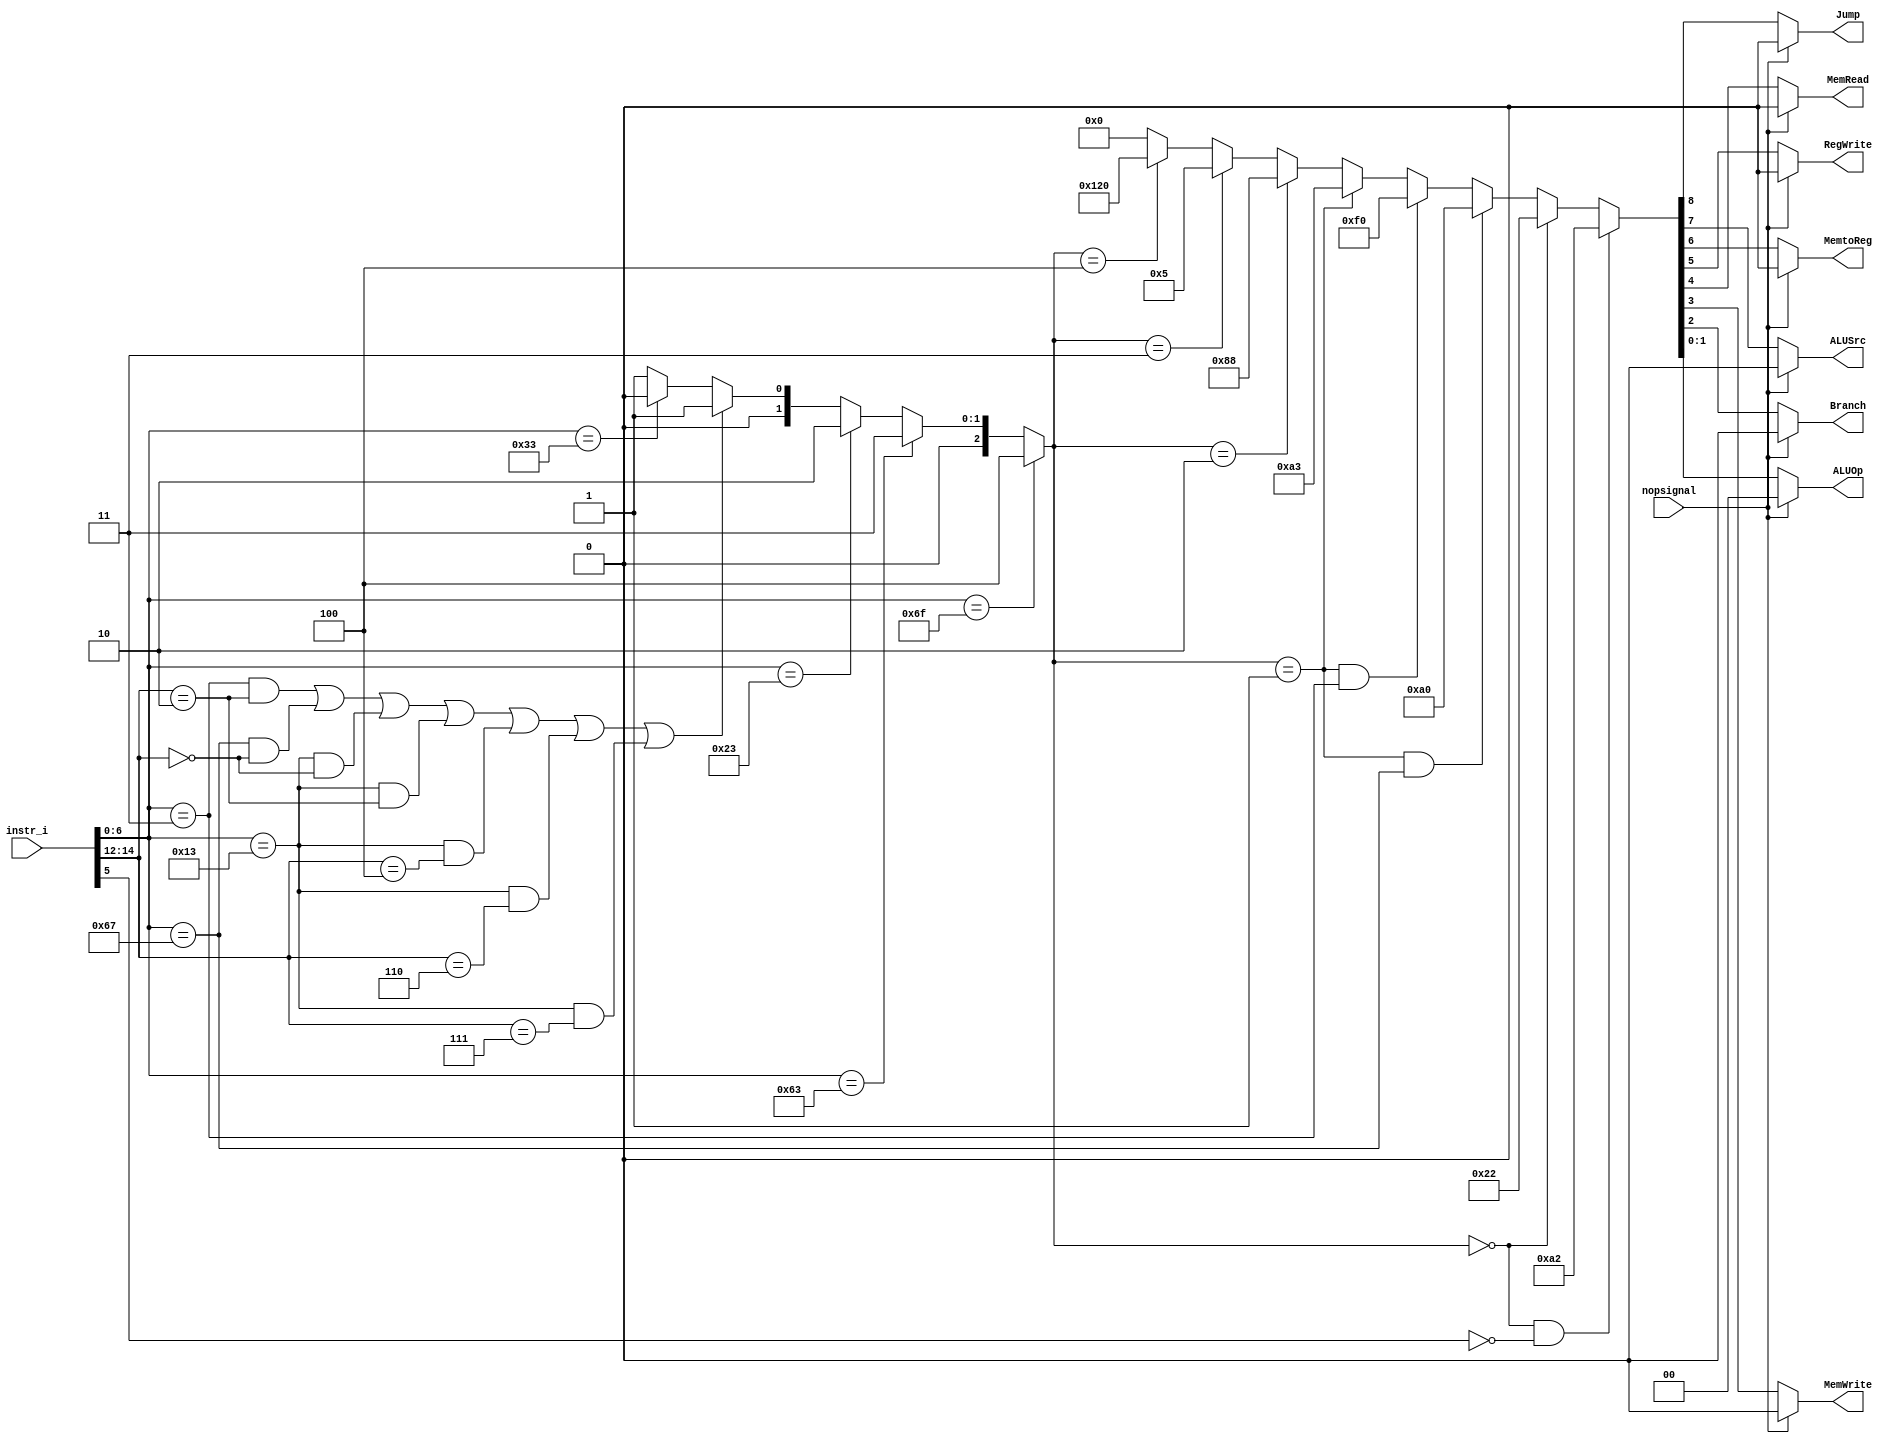
/***************************************************
Student Name: 
Student ID: 
***************************************************/

`timescale 1ns/1ps

module Decoder(
    input nopsignal,
	input [32-1:0] 	instr_i,
	output wire			Branch,
	output wire			ALUSrc,
	output wire			RegWrite,
	output wire [2-1:0]	ALUOp,
	output wire			MemRead,
	output wire			MemWrite,
	output wire			MemtoReg,
	output wire 		Jump
	);
	
//Internal Signals
wire	[7-1:0]		opcode;
wire 	[3-1:0]		funct3;
wire	[3-1:0]		Instr_field;
wire	[9:0]		Ctrl_o;

assign opcode = instr_i[6:0];
assign funct3 = instr_i[14:12];

// Check Instr. Field
// 0:R-type, 1:I-type, 2:S-type, 3:B-type	4:J-type				 
assign Instr_field = (opcode==7'b1101111)?4:( // JAL
					(opcode==7'b1100011)?3:(
                     (opcode==7'b0100011)?2:(( //SW
					 (opcode==7'b0000011 && funct3==3'b010) ||	//LW
					 (opcode==7'b1100111 && funct3==3'b000) ||	//JALR
                     (opcode==7'b0010011 && funct3==3'b000) ||	//ADDI
					 (opcode==7'b0010011 && funct3==3'b010) ||	//SLTI
					 (opcode==7'b0010011 && funct3==3'b100) ||	//XORI
					 (opcode==7'b0010011 && funct3==3'b110) ||	//ORI
					 (opcode==7'b0010011 && funct3==3'b111))?1:(//ANDI
					 (opcode==7'b0110011)?0:
					 1))));
					 
assign Ctrl_o = (Instr_field==0 && opcode[5]==0)?10'b0010100010:(
				(Instr_field==0)?10'b0000100010:(
				(Instr_field==1 && opcode==7'b1100111)?10'b1010100000:( //JALR
				(Instr_field==1 && opcode==7'b0000011)?10'b0011110000:( //LW
				(Instr_field==1)?10'b0010100011:(
				(Instr_field==2)?10'b0010001000:(
				(Instr_field==3)?10'b0000000101:(
				(Instr_field==4)?10'b0100100000:( // JAL
				0))))))));

assign Jump = (nopsignal)? 0 : Ctrl_o[8];
assign ALUSrc 	=(nopsignal)? 0 : Ctrl_o[7];
assign MemtoReg=(nopsignal)? 0 : Ctrl_o[6];
assign RegWrite =(nopsignal)? 0 : Ctrl_o[5];
assign MemRead=(nopsignal)? 0 : Ctrl_o[4];
assign MemWrite=(nopsignal)? 0 : Ctrl_o[3];
assign Branch	=(nopsignal)? 0 : Ctrl_o[2];
assign ALUOp 	= (nopsignal)? 0 :{Ctrl_o[1:0]};

endmodule